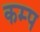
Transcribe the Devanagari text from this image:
कम्‍प